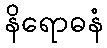
နိရောဓနံ